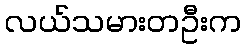
လယ်သမားတဦးက